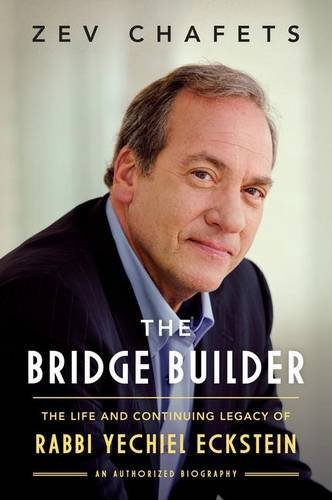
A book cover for The Bridge Builder: The Life and Continuing Legacy of Rabbi Yechiel Eckstein; Zev Chafets; Biographies & Memoirs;